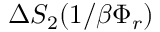
\Delta S _ { 2 } ( 1 / \beta \Phi _ { r } )